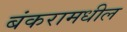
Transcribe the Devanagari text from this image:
बंकरामधील